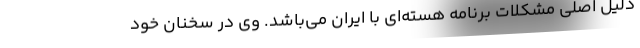
دلیل اصلی مشکلات برنامه‌ هسته‌ای با ایران می‌باشد. وی در سخنان خود